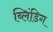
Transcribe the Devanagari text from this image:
ब्लिंडिग